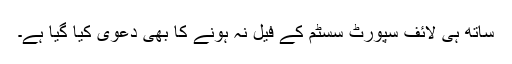
ساتھ ہی لائف سپورٹ سسٹم کے فیل نہ ہونے کا بھی دعویٰ کیا گیا ہے۔